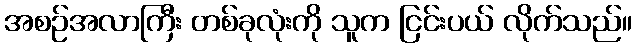
အစဉ်အလာကြီး တစ်ခုလုံးကို သူက ငြင်းပယ် လိုက်သည်။